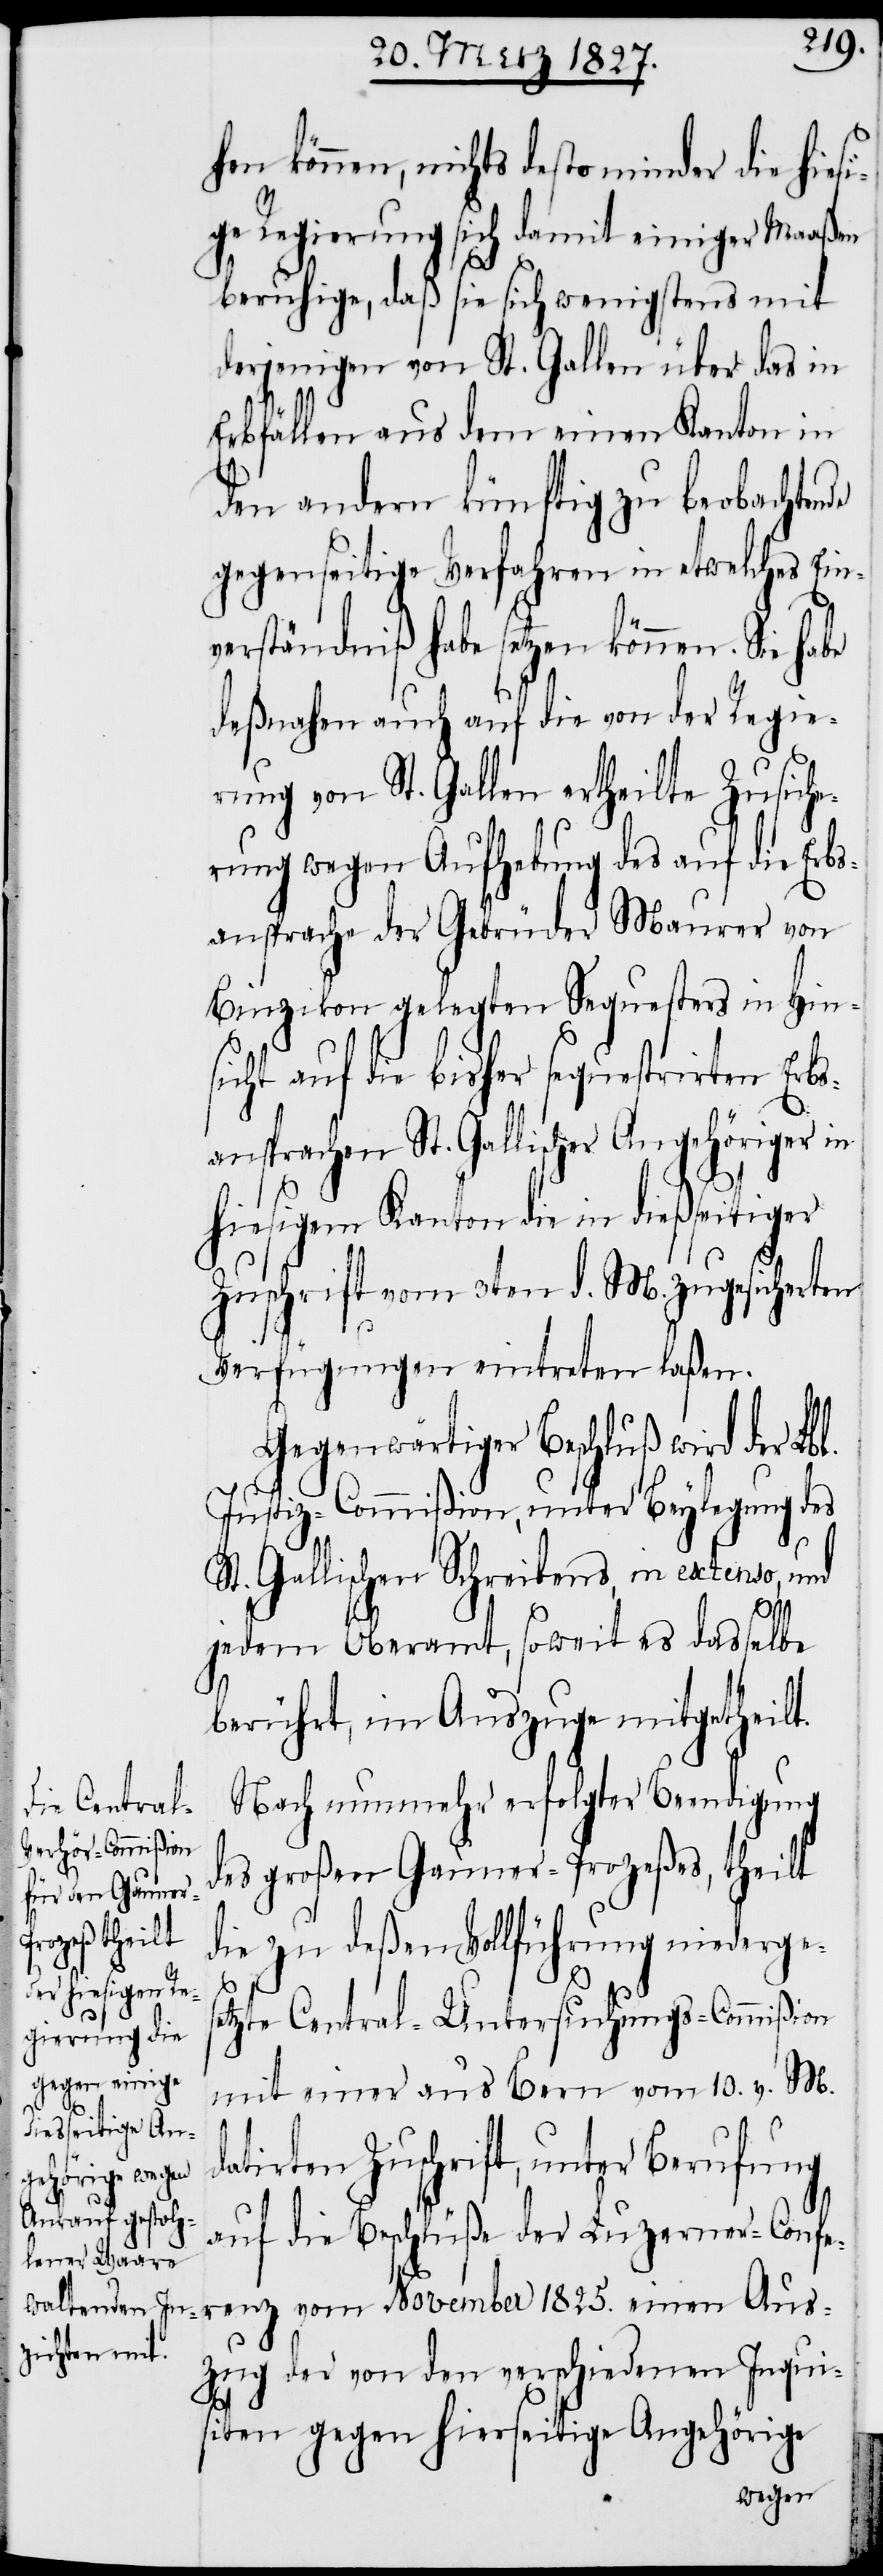
de
hen können, nichts desto minder die hiesi¬
ge Regierung sich damit einiger Maaßen
beruhige, daß sie sich wenigstens mit
derjenigen von St. Gallen über das in
Erbfällen aus dem einen Kanton in
den andern künftig zu beobachten¬
gegenseitige Verfahren in etwelches Ein¬
verständniß habe setzen können. Sie habe
deßnahen auch auf die von der Regie¬
rung von St. Gallen ertheilte Zusiche¬
rung wegen Aufhebung des auf die Erbs¬
ansprache der Gebrüder Maurer von
Binzikon gelegten Sequesters in Hin¬
sicht auf die bisher sequestirten Erbs¬
ansprachen St. Gallischer Angehöriger in
hiesigem Kanton die in dießseitiger
Zuschrift vom 3ten d. M. zugesicherten
Verfügungen eintreten laßen.
Gegenwärtiger Beschluß wird der Lbl.
Justiz-Commißion, unter Beylegung des
St. Gallischen Schreibens, in extenso, und
jedem Oberamt, soweit es dasselbe
berührt, im Auszuge mitgetheilt.
Nach nunmehr erfolgter Beendigung
des großen Gauner-Prozeßes, theilt
die zu deßen Vollführung niederges¬
etzte Central-Untersuchungs-Commißion
mit einer aus Bern vom 10. v. M.
datirten Zuschrift, unter Berufung
auf die Beschlüße der Luzerner-Confe¬
renz vom November 1825. einen Aus¬
zug der von den verschiedenen Inqui¬
siten gegen hierseitige Angehörige